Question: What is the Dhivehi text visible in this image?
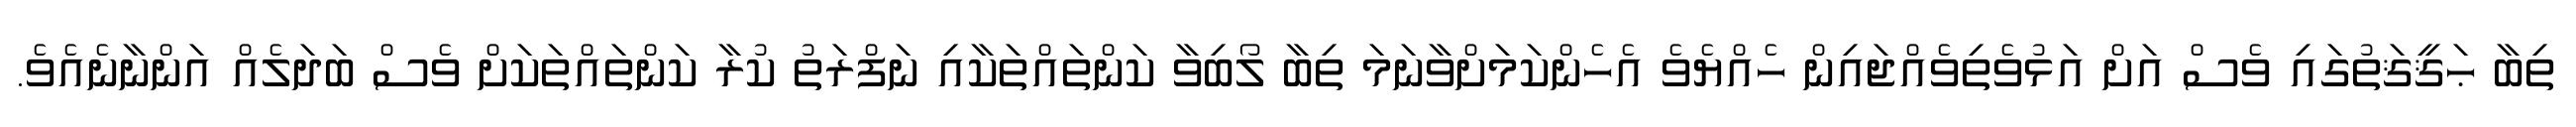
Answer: ތިބާ ޙަޤީޤަތުގައި ވެސް އަށް އަޅުވެތިވެއްޖައިން ހެއްޔެވެ އެހެންކަމަށްވާނަމަ ތިބާ ލޯބިވާ ކަންތައްތަކާއި ނަފްރަތު ކުރާ ކަންތައްތަކަށް ވެސް ބަދަލެއް އަންނާނެއެވެ.